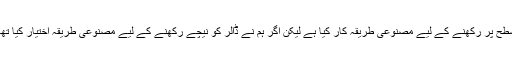
مجھے نہیں پتا کہ ڈالر کو نچلی سطح پر رکھنے کے لیے مصنوعی طریقہ کار کیا ہے لیکن اگر ہم نے ڈالر کو نیچے رکھنے کے لیے مصنوعی طریقہ اختیار کیا تھا تو موجودہ حکومت بھی کر لے۔